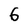
Character: 6